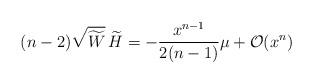
LaTeX: \begin{align*}(n-2)\sqrt{\widetilde W}\,\widetilde H = -\frac{x^{n-1}}{2(n-1)}\mu +{\cal O}(x^n)\end{align*}